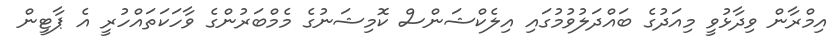
އިމްރާން ވިދާޅުވީ މިއަދުގެ ބައްދަލުވުމުގައި އިލެކްޝަންސް ކޮމިޝަނުގެ މެމްބަރުންގެ ވާހަކަތައްހުރީ އެ ޕާޓީން